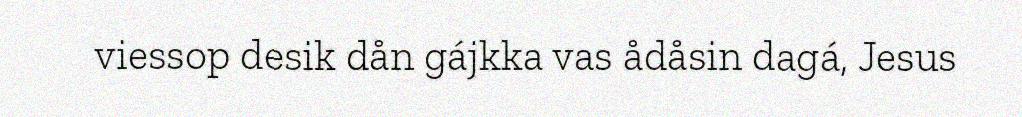
viessop desik dån gájkka vas ådåsin dagá, Jesus